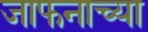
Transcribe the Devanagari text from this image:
जाफनाच्या